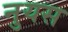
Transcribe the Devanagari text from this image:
नुयस